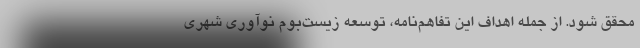
محقق شود. از جمله اهداف این تفاهم‌نامه، توسعه زیست‌بوم نوآوری شهری